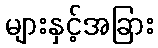
များနှင့်အခြား